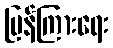
ပြန်ကြားရေး